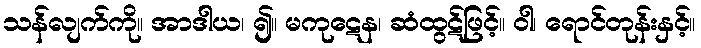
သန်လျက်ကို။ အာဒါယ၊ ၍။ မကုဋေန၊ ဆံထွဋ်ဖြင့်။ ဝါ၊ ရောင်တုန်းနှင့်။